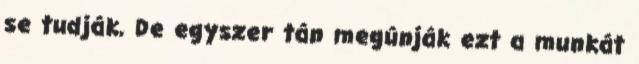
se tudják, De egyszer tán megúnják ezt a munkát